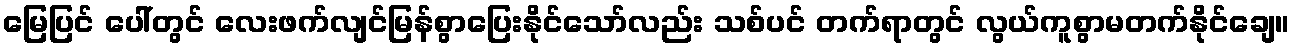
မြေပြင် ပေါ်တွင် လေးဖက်လျင်မြန်စွာပြေးနိုင်သော်လည်း သစ်ပင် တက်ရာတွင် လွယ်ကူစွာမတက်နိုင်ချေ။